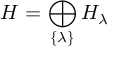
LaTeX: { \cal H } = \bigoplus _ { \{ \lambda \} } { \cal H } _ { \lambda }